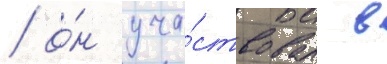
/ о́н уча́ствовал в